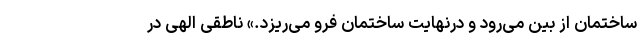
ساختمان از بین می‌رود و درنهایت ساختمان فرو می‌ریزد.» ناطقی الهی در